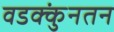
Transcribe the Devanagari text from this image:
वडक्कुंनतन